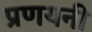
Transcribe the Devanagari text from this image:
प्रणयनी